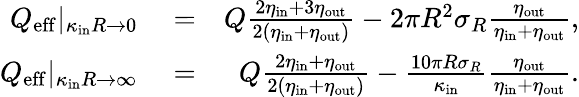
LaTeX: \begin{array}{rlr}{Q_{\mathrm{eff}}|_{\kappa_{\mathrm{in}}R\to 0}}&{{}=}&{Q\frac{2\eta_{\mathrm{in}}+3\eta_{\mathrm{out}}}{2(\eta_{\mathrm{in}}+\eta_{\mathrm{out}})}-2\pi R^{2}\sigma_{R}\frac{\eta_{\mathrm{out}}}{\eta_{\mathrm{in}}+\eta_{\mathrm{out}}},}\\ {Q_{\mathrm{eff}}|_{\kappa_{\mathrm{in}}R\to\infty}}&{{}=}&{Q\frac{2\eta_{\mathrm{in}}+\eta_{\mathrm{out}}}{2(\eta_{\mathrm{in}}+\eta_{\mathrm{out}})}-\frac{10\pi R\sigma_{R}}{\kappa_{\mathrm{in}}}\frac{\eta_{\mathrm{out}}}{\eta_{\mathrm{in}}+\eta_{\mathrm{out}}}.}\end{array}